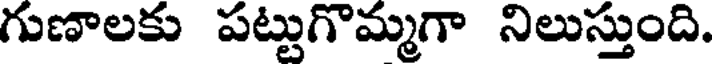
గుణాలకు పట్టుగొమ్మగా నిలుస్తుంది.